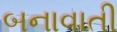
બનાવાતી